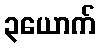
၃ယောက်